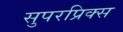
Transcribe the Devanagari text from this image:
सुपरप्रिक्स